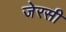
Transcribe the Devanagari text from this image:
जेरसी